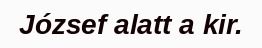
József alatt a kir.